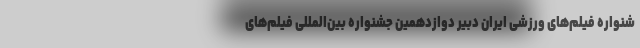
شنواره فیلم‌های ورزشی ایران دبیر دوازدهمین جشنواره بین‌المللی فیلم‌های